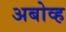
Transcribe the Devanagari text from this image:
अबोव्ह